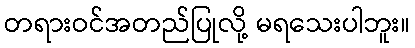
တရားဝင်အတည်ပြုလို့ မရသေးပါဘူး။